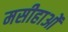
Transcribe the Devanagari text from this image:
मसीहाओं